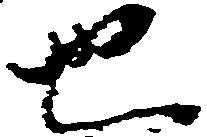
也